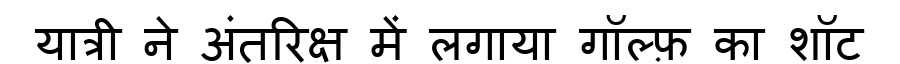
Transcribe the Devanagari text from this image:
यात्री ने अंतरिक्ष में लगाया गॉल्फ़ का शॉट